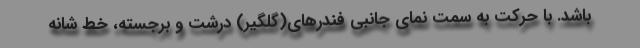
باشد. با حرکت به سمت نمای جانبی فندرهای(گلگیر) درشت و برجسته، خط شانه